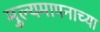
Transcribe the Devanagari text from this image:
मुल्यमापनाच्या